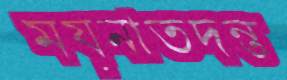
ময়নাতদন্ত